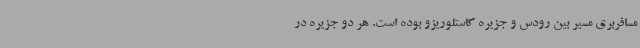
مسافربری مسیر بین رودس و جزیره کاستلوریزو بوده است. هر دو جزیره در